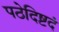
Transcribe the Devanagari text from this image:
पठेदिष्टदं